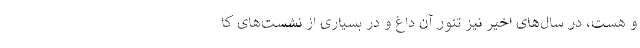
و هست، در سال‌های اخیر نیز تنور آن داغ و در بسیاری از نشست‌های کا